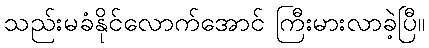
သည်းမခံနိုင်လောက်အောင် ကြီးမားလာခဲ့ပြီ။